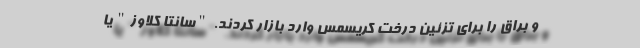
و براق را برای تزئین درخت کریسمس وارد بازار کردند. "سانتا کلاوز" یا